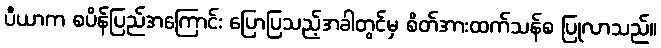
ပီယာက စပိန်ပြည်အကြောင်း ပြောပြသည့်အခါတွင်မှ စိတ်အားထက်သန်စ ပြုလာသည်။